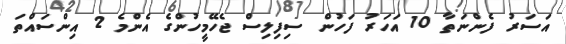
އަސަރު ފެންނަތާ 10 އަހަރު ފަހުން ސިފިލިސް ޖެހޭމީހުންގެ އެންމެ 2 އިންސައްތަ